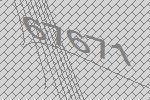
67671